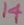
Text: 14